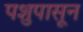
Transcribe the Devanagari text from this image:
पशुपासून